Civil Veterinary Department. United Provinces 1932-42 - 1932-1942
Year: 1932
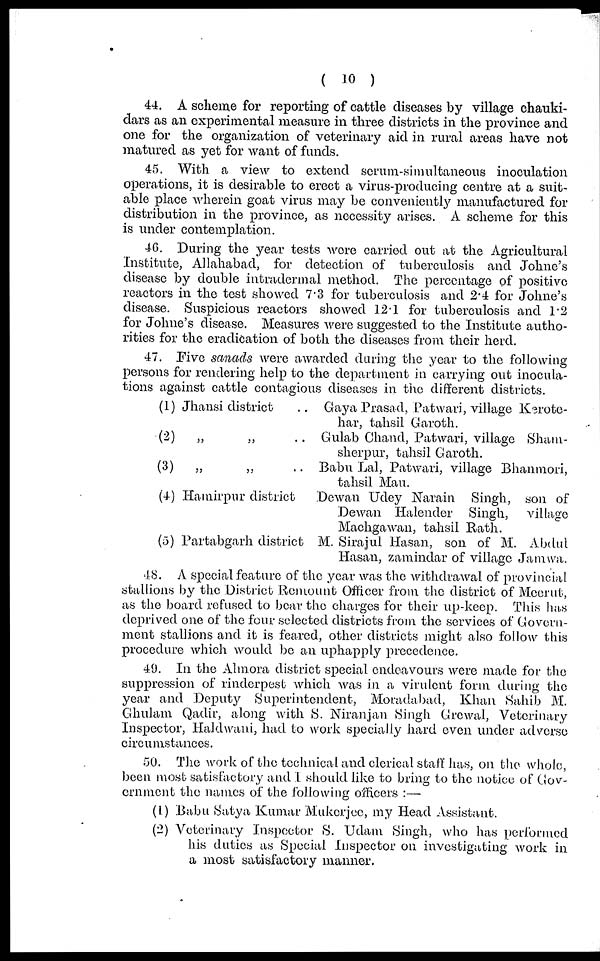
(10)
44. A scheme for reporting of cattle diseases by village chauki-
dars as an experimental measure in three districts in the province and
one for the organization of veterinary aid in rural areas have not
matured as yet for want of funds.
45. With a view to extend serum-simultaneous inoculation
operations, it is desirable to erect a virus-producing centre at a suit-
able place wherein goat virus may be conveniently manufactured for
distribution in the province, as necessity arises. A scheme for this
is under contemplation.
4G. During the year tests were carried out at the Agricultural
Institute, Allahabad, for detection of tuberculosis and Johne's
disease by double intradermal method. The percentage of positive
reactors in the test showed 7.3 for tuberculosis and 2.4 for Johne's
disease. Suspicious reactors showed 12.1 for tuberculosis and 1.2
for Johne's disease. Measures were suggested to the Institute autho-
rities for the eradication of both the diseases from their herd.
47. Five sanads were awarded daring the year to the following
persons for rendering help to the department in carrying out inocula-
tions against cattle contagious diseases in the different districts.
(1)
(2)
(3)
(4)
(5)
Jhansi district ..
„ „ ..
„ „ ..
Hamirpur district
Partabgarh district
Gaya Prasad, Patwari, village Kerote-
har, tahsil Garoth.
Gulab Chanel, Patwari, village Sham-
sherpur, tahsil Garoth.
Babu Lal, Patwari, village Bhanmori,
tahsil Mau.
Dewan Udey Narain Singh, son of
Dewan Halender Singh, village
Machgawan, tahsil Rath.
M. Sirajul Hasan, son of M. Abdul
Hasan, zamindar of village Jamwa.
48. A special feature of the year was the withdrawal of provincial
stallions by the District Remount Officer from the district of Mcerut,
as the board refused to bear the charges for their up-keep. This has
deprived one of the four selected districts from the services of Govern-
ment stallions and it is feared, other districts might also follow this
procedure which would be an uphapply precedence.
49. In the Almora district special endeavours were made for the
suppression of rinderpest which was in a virulent form during the
year and Deputy Superintendent, Moradabael, Khan Sahib M.
Ghulam Qadir, along with S. Niranjan Singh Grewal, Veterinary
Inspector, Haldwani, had to work specially hard even under adverse
circumstances.
50. The work of the technical and clerical staff has, on the whole,
been most satisfactory and I should like to bring to the notice of Gov-
ernment the names of the following officers :—
(1) Babu Satya Kumar Mukorjec, my Head Assistant.
(2) Veterinary Inspector S. Udam Singh, who has performed
his duties as Special Inspector on investigating work in
a most satisfactory manner.